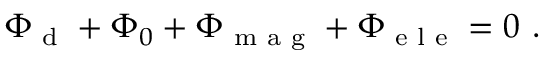
\begin{array} { r } { \Phi _ { \textrm { d } } + \Phi _ { 0 } + \Phi _ { \textrm { m a g } } + \Phi _ { \textrm { e l e } } = 0 \ . } \end{array}